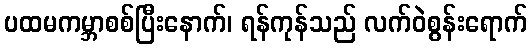
ပထမကမ္ဘာစစ်ပြီးနောက်၊ ရန်ကုန်သည် လက်ဝဲစွန်းရောက်